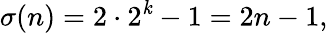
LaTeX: \sigma(n)=2\cdot2^{\mathit{k}}-1=2n-1,